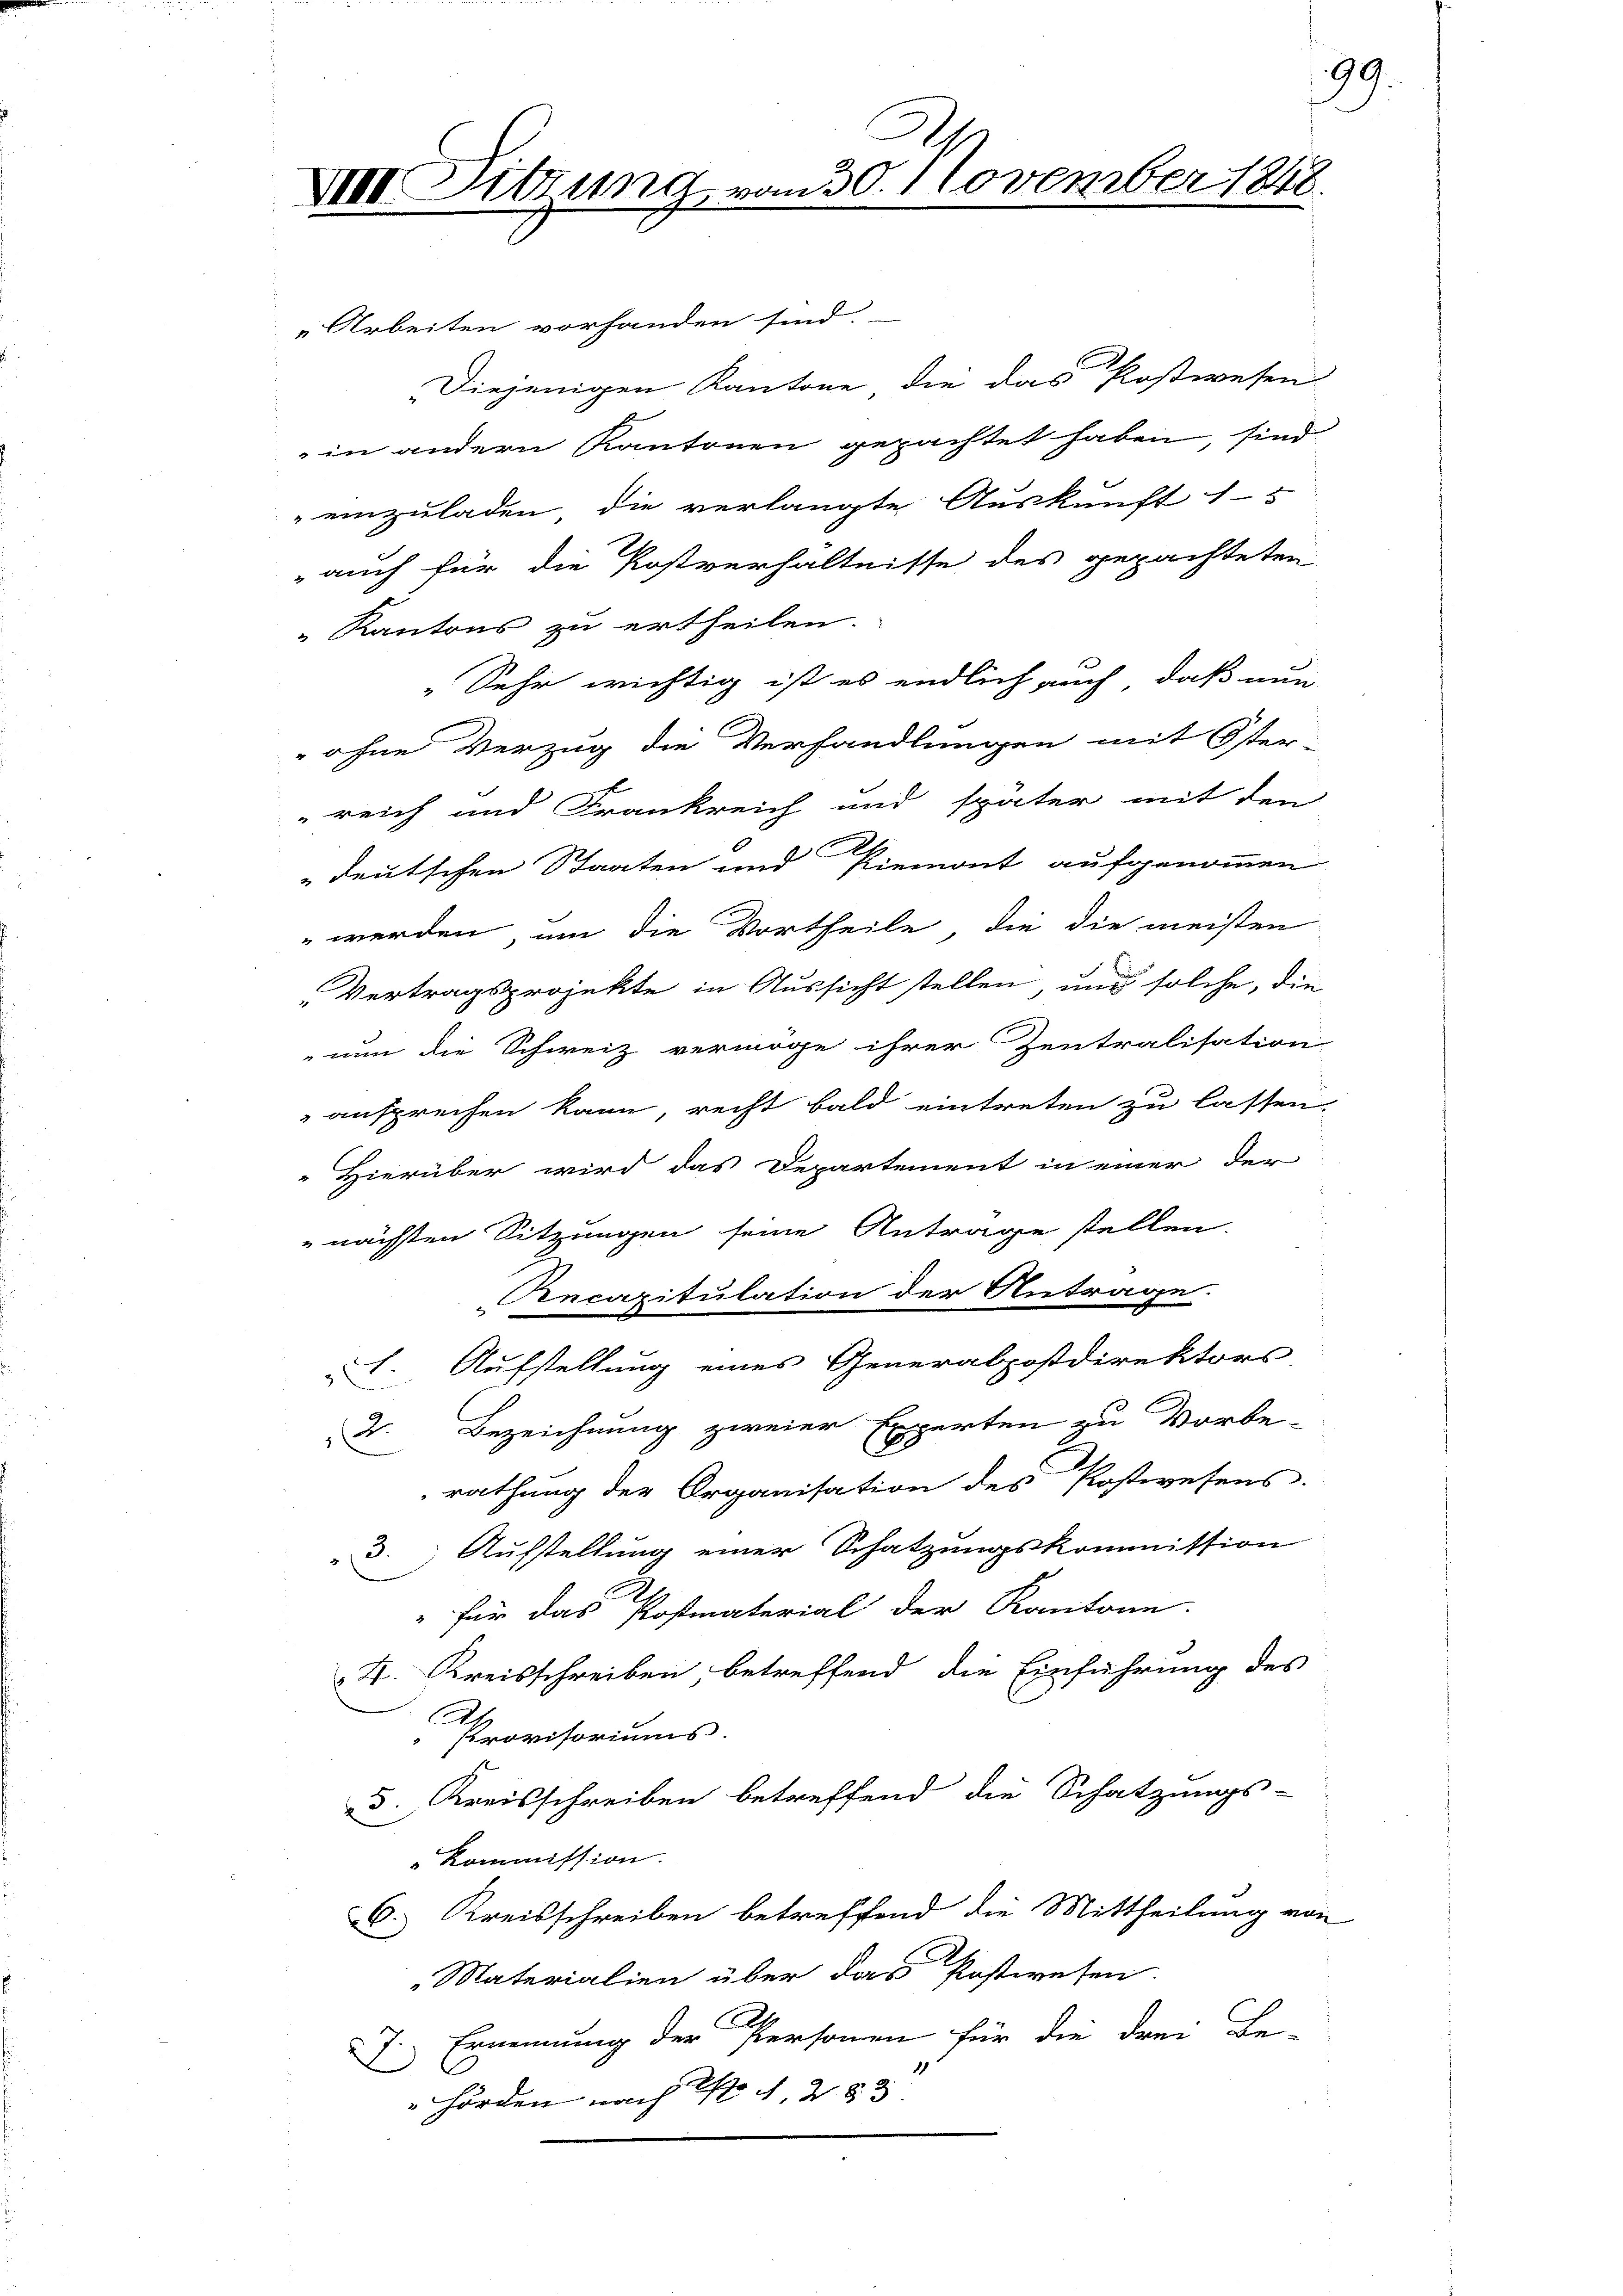
XIII Sitzung vom 30. November 1848.

Arbeiten vorhanden sind.
Diejenigen Kantone die das Postwesen
in andern Kantonen gepachtet haben, sind
einzuladen, die verlangte Auskunft 15
 auch für die Postverhältnisse des gepachteten
Kantons zu ertheilen.
„Sehr wichtig ist es endlich auch, daß nun
 ohne Verzug die Verhandlungen mit Öster-
reich und Frankreich und später mit den
deutschen Staaten und Piemont aufgenommen
 werden, um die Vortheile, die die meisten
Vertragsprojekte in Aussicht stellen, und solche, die
nun die Schweiz vermöge ihrer Zentralisation
ansprechen kann, recht bald eintreten zu lassen.
"Hierüber wird das Departement in einer der
"nächsten Sitzungen seine Antrage stellen.
Ancapitulation der Antrage.
Aufstellung eines Generalpostdirektors-
F.
D. Bezeichnung zweier Experten zu Vorbe-
rathung der Organisation des Postwesens.
 3. Aufstellung einer Schatzungskommission
" für das Postmaterial der Kantone.
S. Kreisschreiben, betreffend die Einführung des
.
Provisoriums.
d. Kreisschreiben betreffend die Schatzungs-
Kommission.
C. Kreisschreiben betreffend die Mittheilung von
„Materialien über das Postwesen.
7. Ernennung der Personen für die drei Be-
"hörden nach No. 282

99.